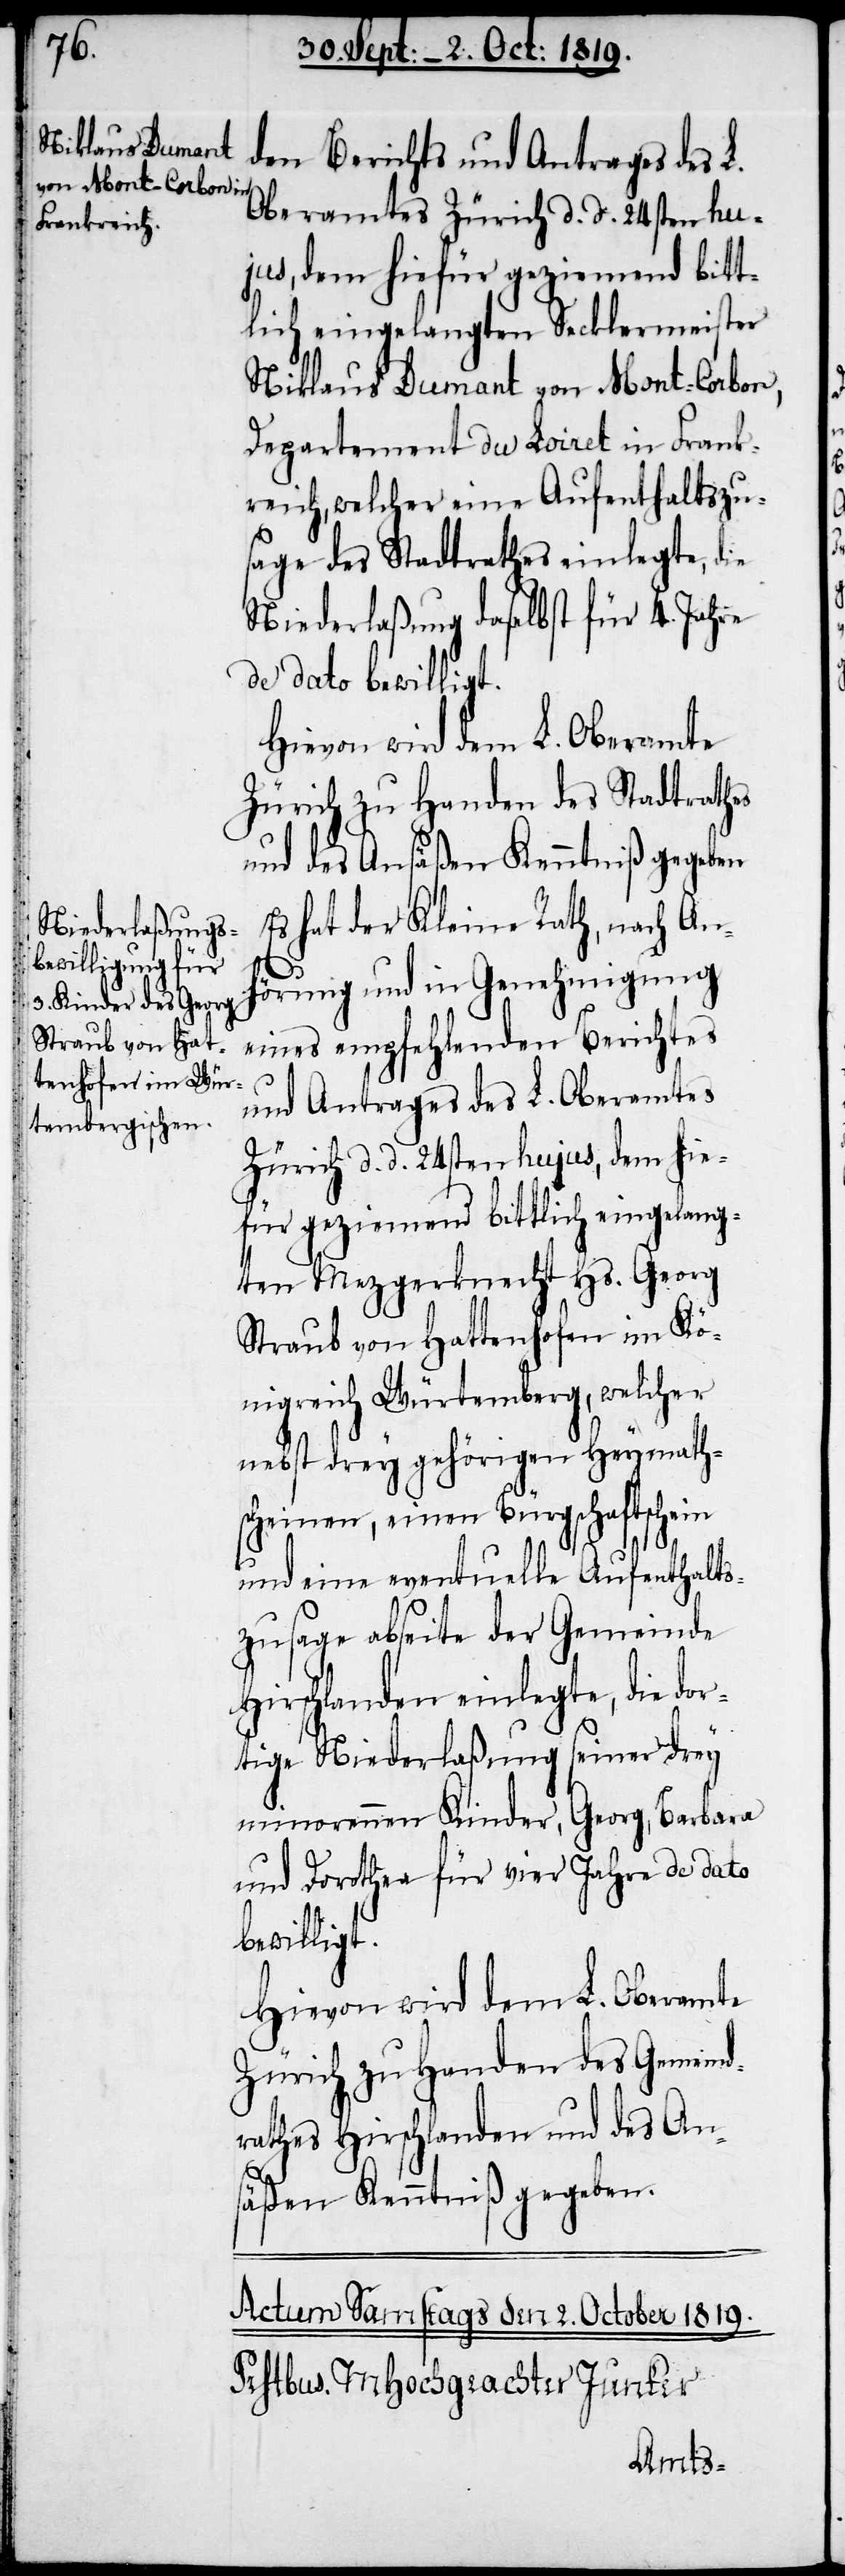
den Berichts und Antrages des L.
Oberamtes Zürich d. d. 24sten hu¬
jus, dem hiefür geziemend bitt¬
lich eingelangten Secklermeister
Niklaus Dumant von Mont-Carbon,
Departement du Loiret in Frank¬
reich, welcher eine Aufenthaltszu¬
sage des Stadtrathes einlegte, die
Niederlaßung daselbst für 4. Jahre
de dato bewilligt.
Hievon wird dem L. Oberamte
Zürich zu Handen des Stadtrathes
und des Ansäßen Kenntniß gegeben.
Es hat der Kleine Rath, nach An¬
b¬
hörung und in Genehmigung
eines empfehlenden Berichtes
und Antrages des L. Oberamtes
Zürich d. d. 24sten hujus, dem hie¬
für geziemend bittlich eingelang¬
ten Mezgerknecht Hs. Georg
Straub von Hattenhofen im Kö¬
nigreich Würtemberg, welcher
nebst drey gehörigen Heymath¬
scheinen, einen Bürgschaftschein
und eine eventuelle Aufenthalts¬
zusage abseite der Gemeinde
Hirschlanden einlegte, die dor¬
tige Niederlaßung seiner drey
minorennen Kinder, Georg, Barbara
und Dorothea für vier Jahre de dato
ewilligt.
Hievon wird dem L. Oberamte
Zürich zu Handen des Gemeind¬
rathes Hirschlanden und des An¬
säßen Kenntniß gegeben.